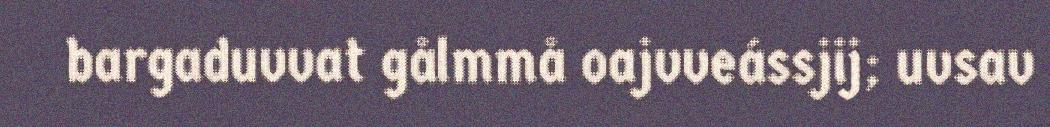
bargaduvvat gålmmå oajvveássjij; uvsav